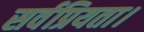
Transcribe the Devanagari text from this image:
सर्वप्रियता।